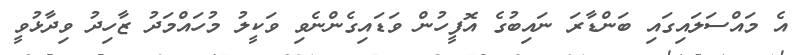
އެ މައްސަލައިގައި ބަންޑާރަ ނައިބުގެ އޮފީހުން ވަޑައިގެންނެވި ވަކީލު މުހައްމަދު ޒާހިދު ވިދާޅުވީ